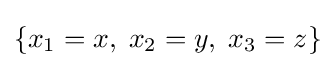
\left\{x_{1}=x,\;x_{2}=y,\;x_{3}=z\right\}